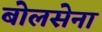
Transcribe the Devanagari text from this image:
बोलसेना